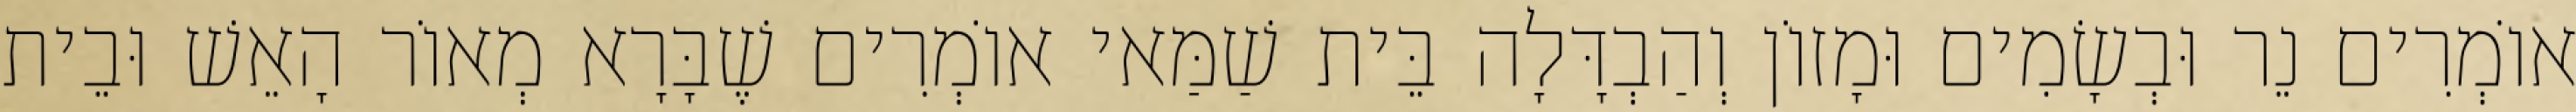
אוֹמְרִים נֵר וּבְשָׂמִים וּמָזוֹן וְהַבְדָּלָה בֵּית שַׁמַּאי אוֹמְרִים שֶׁבָּרָא מְאוֹר הָאֵשׁ וּבֵית